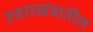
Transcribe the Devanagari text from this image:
उत्तराखंडातील